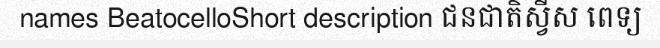
names BeatocelloShort description ជនជាតិស្វីស ពេទ្យ